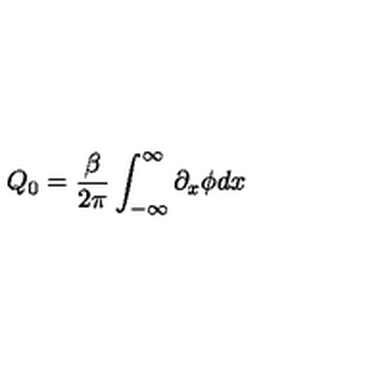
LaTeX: Q _ { 0 } = \frac { \beta } { 2 \pi } \int _ { - \infty } ^ { \infty } \partial _ { x } \phi d x